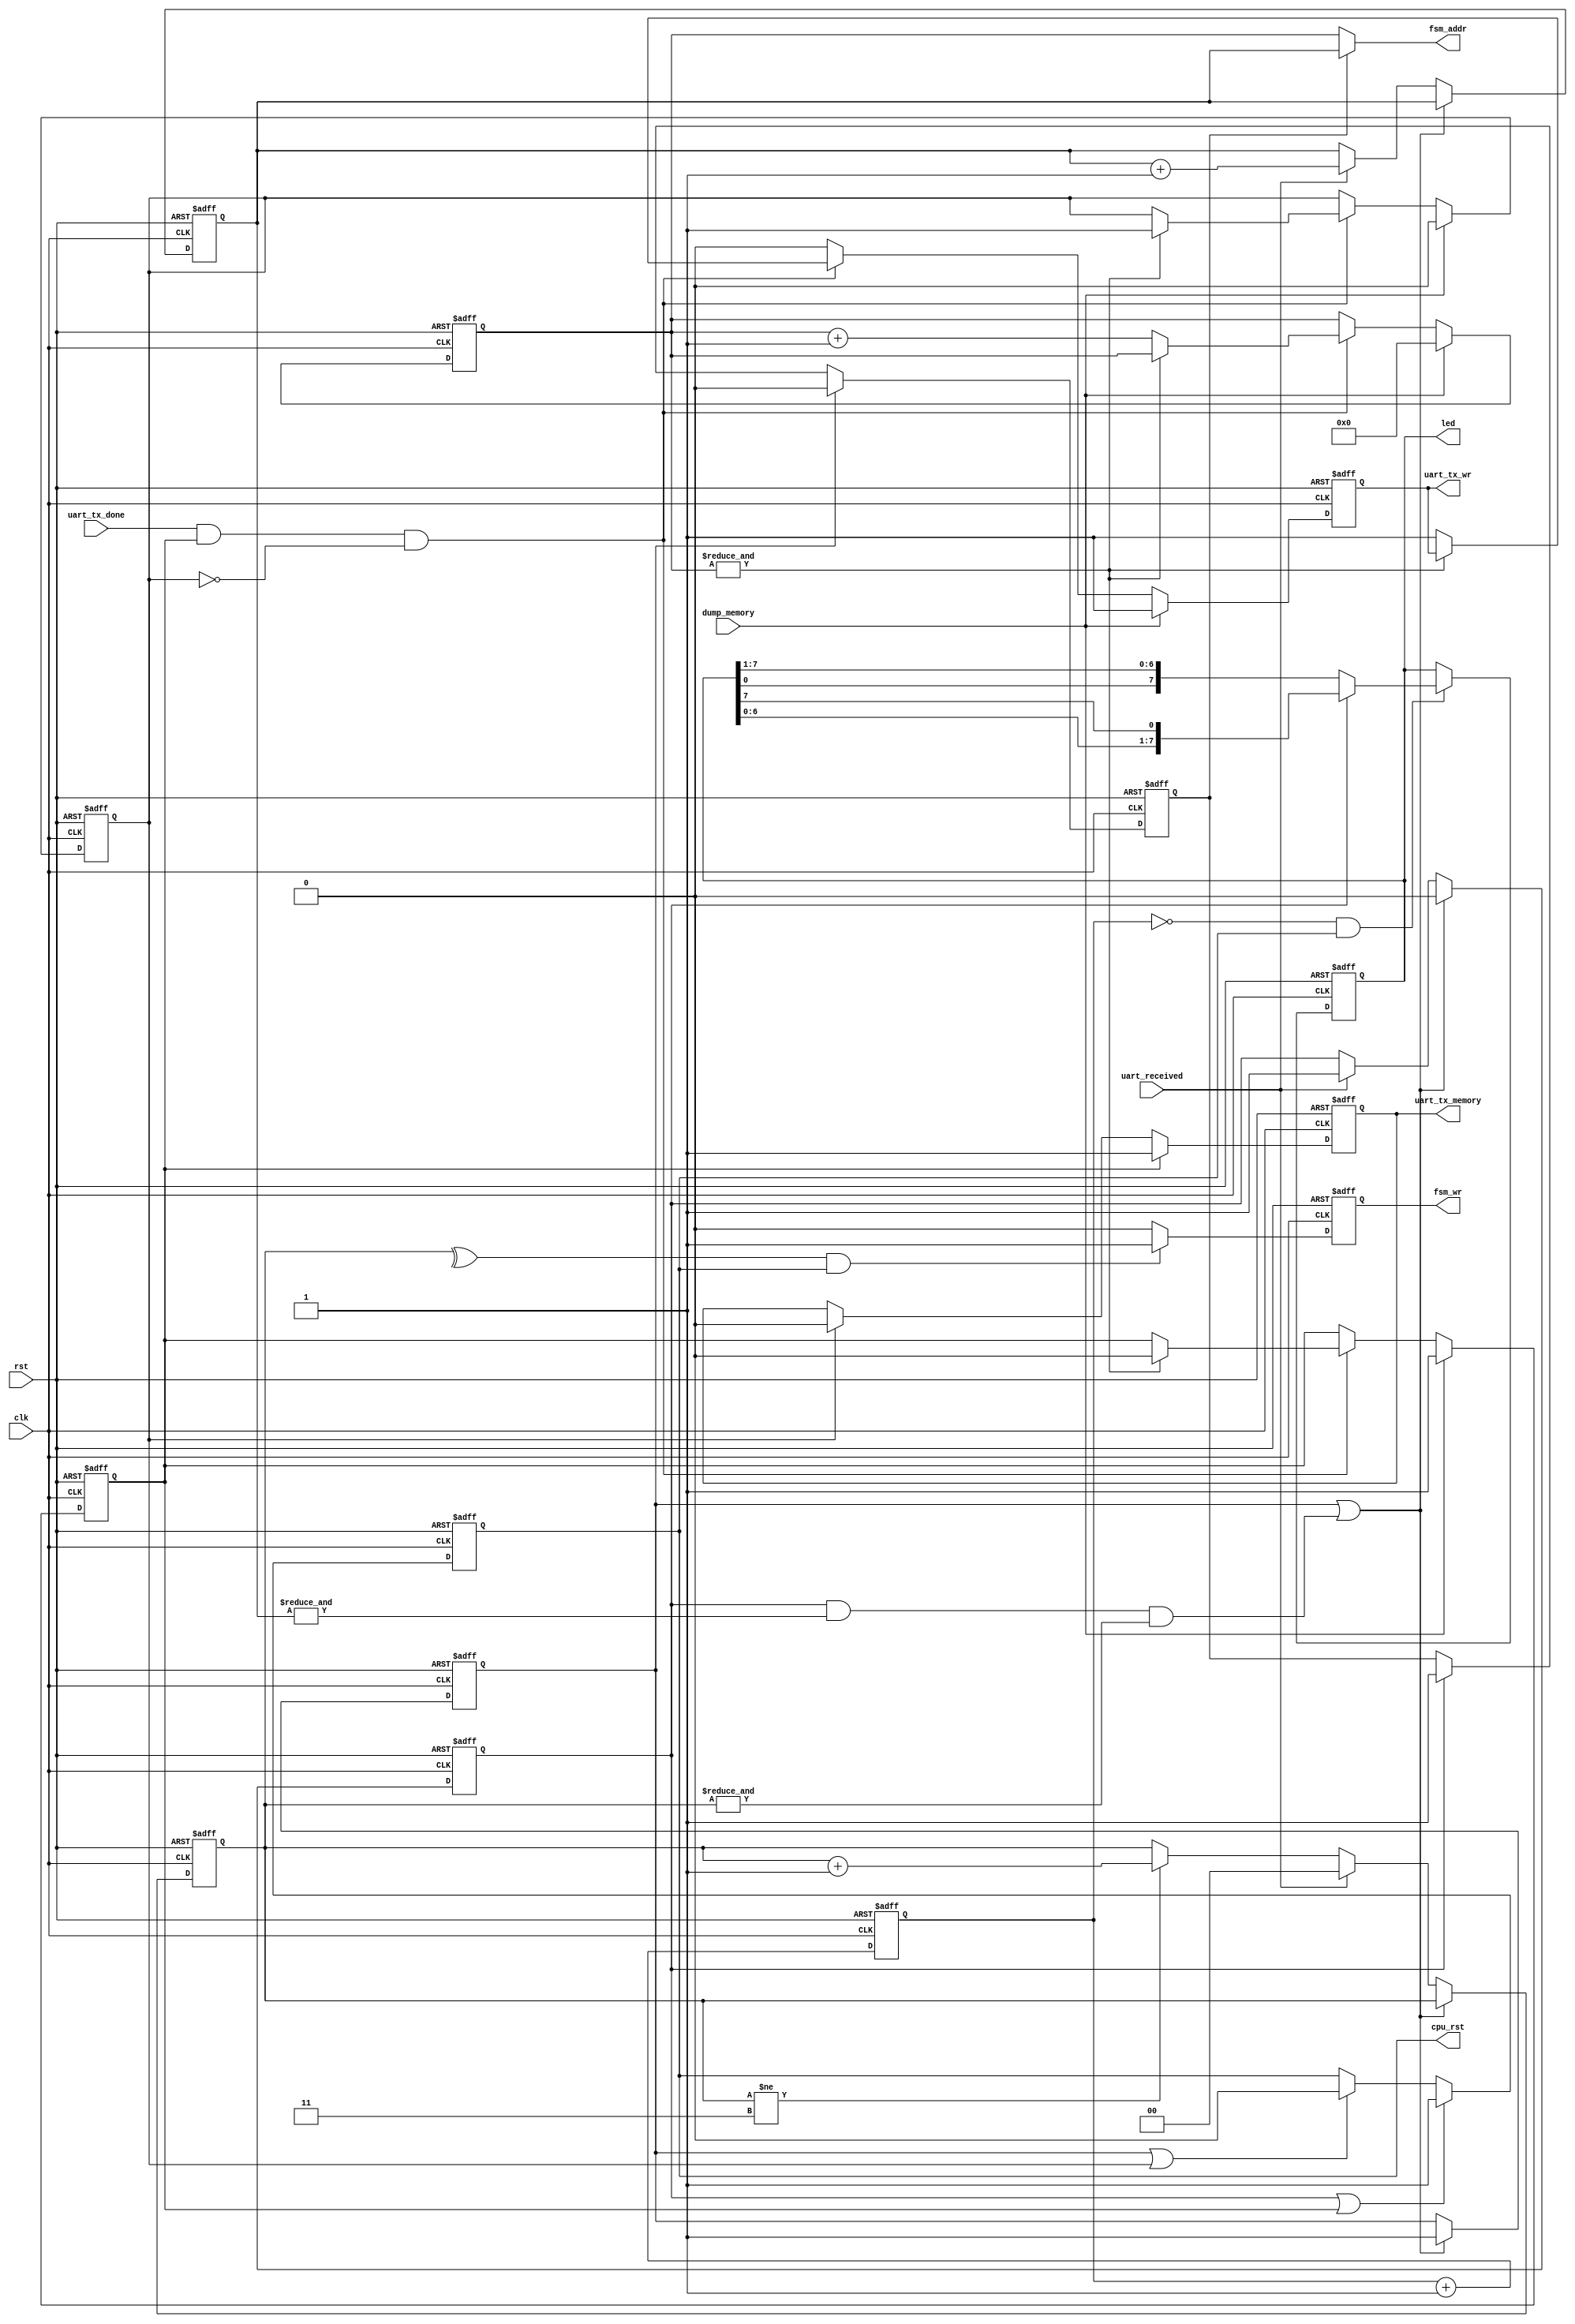
module fsm_control  #(parameter width=10)(
	input                  clk,
	input                  rst,
	input                  dump_memory,
	// cpu control
	output reg             cpu_rst,
	// memory control
	output     [width-1:0] fsm_addr,
	output reg             fsm_wr,
	// UART wires
	input                  uart_received,
	input                  uart_tx_done,
	output reg             uart_tx_wr,
	output reg             uart_tx_memory,
	// LED information
	output reg [7:0]       led
);	

reg [      1:0]  rst_cnt; // this is used to delay the memory writing by one clock, and make it last for two clocks.
reg              prog_done,
                 prog_start,
                 dump_start,
                 dump_done,
								 addr_sel;

reg [width-1:0]  fsm_wr_addr,
                 fsm_rd_addr;
								
always @(negedge clk or posedge rst ) begin : addr_selection
	if( rst )
		addr_sel <= 1'b0;
	else begin
		if( prog_start ) addr_sel <= 1'b1;
		if( prog_done  ) addr_sel <= 1'b0;
	end
end
								
assign fsm_addr = addr_sel ? fsm_wr_addr : fsm_rd_addr;

// release reset on negative edge
always @(negedge clk or posedge rst ) begin : reset_release
	if( rst ) begin
		cpu_rst        <=  1'b1;		
		uart_tx_memory <= 1'b0;
	end
	else begin
		if (prog_done  | dump_done ) cpu_rst <= 1'b0;
		if (prog_start | dump_start) cpu_rst <= 1'b1;
		if ( dump_start ) 
			uart_tx_memory <= 1'b1;
		else if( dump_done ) 
			uart_tx_memory <= 1'b0;
	end
end

always @(posedge clk or posedge rst ) begin : fsm_write
	if( rst ) begin		
		fsm_wr <= 1'b0;
	end
	else begin
		if( ^rst_cnt && cpu_rst )
			fsm_wr <= 1'b1;
		else
			fsm_wr <= 1'b0;
	end
end

reg [23:0] led_cnt;

always @(posedge clk or posedge rst ) begin : led_game
	if( rst ) begin	
		led_cnt <= 23'd0;
		led     <= 1'b1;
	end
	else begin
		led_cnt <= led_cnt + 1'b1;
		if( !led_cnt && cpu_rst )
			if( prog_start ) 
				led <= { led[6:0], led[7] };
			else
				led <= { led[0], led[7:1] };
	end
end


always @(posedge clk or posedge rst ) begin : data_input
	if( rst ) begin		
	`ifdef SIM_SKIPPROG
		fsm_wr_addr     <=  {(width){1'b1}};
		rst_cnt      <=  2'b0;
		prog_done    <=  1'b1;
		prog_start   <=  1'b0;		
	`else
		fsm_wr_addr     <=  {(width){1'b1}};
		rst_cnt      <=  2'b0;
		prog_done    <=  1'b0;
		prog_start   <=  1'b0;		
	`endif
	end
	else begin
			/* writes the incoming data until the memory is full.
				it does not admit reload. it will handle the control
				to the CPU after loading the memory. */						
			if( prog_done || (prog_start && (&fsm_wr_addr)  && (&rst_cnt))  ) begin		
				prog_start <= 1'b0;
				prog_done  <= 1'b1;
			end
			else begin
				if( uart_received ) begin
					fsm_wr_addr   <= fsm_wr_addr + 1'b1;
					rst_cnt    <= 2'b0;
					prog_start <= 1'b1;					
				end
				else if( rst_cnt != 2'b11 ) rst_cnt <= rst_cnt + 1'b1;
			end
	end
end

always @(posedge clk or posedge rst ) begin : data_output
	if( rst ) begin		
		fsm_rd_addr <= {(width){1'b0}};
		dump_start  <= 1'b0;
		dump_done   <= 1'b0;
		uart_tx_wr  <= 1'b0;
	end
	else begin
		if( dump_memory ) begin
			fsm_rd_addr <= {(width){1'b0}};
			dump_start  <= 1'b1;
			dump_done   <= 1'b0;
			uart_tx_wr  <= 1'b1;
		end
		else
		if( uart_tx_done && dump_start && !dump_done ) begin
			if( &fsm_rd_addr ) begin
				dump_start <= 1'b0;
				dump_done  <= 1'b1;
			end
			else begin
				fsm_rd_addr <= fsm_rd_addr + 1'b1;
				uart_tx_wr  <= 1'b1;
			end
		end
		else uart_tx_wr <= 1'b0;		

	end
end	

endmodule